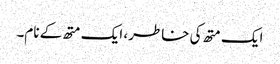
ایک متھ کی خاطر، ایک متھ کے نام۔